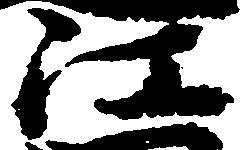
江